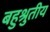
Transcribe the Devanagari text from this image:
बहुश्रुतीय